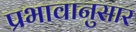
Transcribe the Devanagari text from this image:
प्रभावानुसार